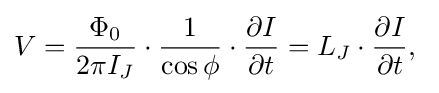
V={\frac {\Phi _{0}}{2\pi I_{J}}}\cdot {\frac {1}{\cos \phi }}\cdot {\frac {\partial I}{\partial t}}=L_{J}\cdot {\frac {\partial I}{\partial t}},\